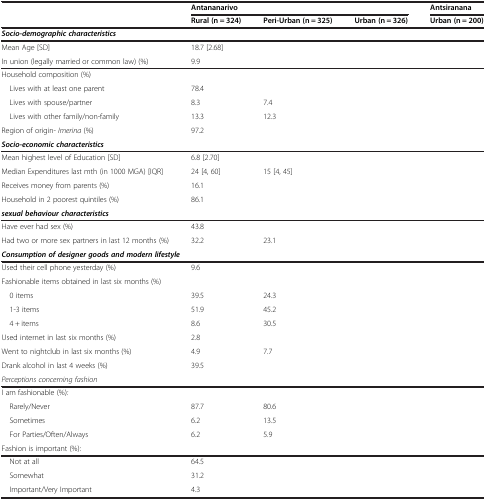
<table><thead><tr><td>[EMPTY_CELL]</td><td colspan="3"><b>Antananarivo</b></td><td><b>Antsiranana</b></td></tr><tr><td>[EMPTY_CELL]</td><td><b>Rural (n = 324)</b></td><td><b>Peri-Urban (n = 325)</b></td><td><b>Urban (n = 326)</b></td><td><b>Urban (n = 200)</b></td></tr></thead><tbody><tr><td colspan="5"><b><i>Socio-demographic characteristics</i></b></td></tr><tr><td>Mean Age [SD]</td><td>18.7 [2.68]</td><td>[EMPTY_CELL]</td><td>[EMPTY_CELL]</td><td>[EMPTY_CELL]</td></tr><tr><td>In union (legally married or common law) (%)</td><td>9.9</td><td>[EMPTY_CELL]</td><td>[EMPTY_CELL]</td><td>[EMPTY_CELL]</td></tr><tr><td>Household composition (%)</td><td>[EMPTY_CELL]</td><td>[EMPTY_CELL]</td><td>[EMPTY_CELL]</td><td>[EMPTY_CELL]</td></tr><tr><td> Lives with at least one parent</td><td>78.4</td><td>[EMPTY_CELL]</td><td>[EMPTY_CELL]</td><td>[EMPTY_CELL]</td></tr><tr><td> Lives with spouse/partner</td><td>8.3</td><td>7.4</td><td>[EMPTY_CELL]</td><td>[EMPTY_CELL]</td></tr><tr><td> Lives with other family/non-family</td><td>13.3</td><td>12.3</td><td>[EMPTY_CELL]</td><td>[EMPTY_CELL]</td></tr><tr><td>Region of origin- <i>Imerina</i> (%)</td><td>97.2</td><td>[EMPTY_CELL]</td><td>[EMPTY_CELL]</td><td>[EMPTY_CELL]</td></tr><tr><td colspan="5"><b><i>Socio-economic characteristics</i></b></td></tr><tr><td>Mean highest level of Education [SD]</td><td>6.8 [2.70]</td><td>[EMPTY_CELL]</td><td>[EMPTY_CELL]</td><td>[EMPTY_CELL]</td></tr><tr><td>Median Expenditures last mth (in 1000 MGA) [IQR]</td><td>24 [4, 60]</td><td>15 [4, 45]</td><td>[EMPTY_CELL]</td><td>[EMPTY_CELL]</td></tr><tr><td>Receives money from parents (%)</td><td>16.1</td><td>[EMPTY_CELL]</td><td>[EMPTY_CELL]</td><td>[EMPTY_CELL]</td></tr><tr><td>Household in 2 poorest quintiles (%)</td><td>86.1</td><td>[EMPTY_CELL]</td><td>[EMPTY_CELL]</td><td>[EMPTY_CELL]</td></tr><tr><td colspan="5"><b><i>sexual behaviour characteristics</i></b></td></tr><tr><td>Have ever had sex (%)</td><td>43.8</td><td>[EMPTY_CELL]</td><td>[EMPTY_CELL]</td><td>[EMPTY_CELL]</td></tr><tr><td>Had two or more sex partners in last 12 months (%)</td><td>32.2</td><td>23.1</td><td>[EMPTY_CELL]</td><td>[EMPTY_CELL]</td></tr><tr><td colspan="5"><b><i>Consumption of designer goods and modern lifestyle</i></b></td></tr><tr><td>Used their cell phone yesterday (%)</td><td>9.6</td><td>[EMPTY_CELL]</td><td>[EMPTY_CELL]</td><td>[EMPTY_CELL]</td></tr><tr><td>Fashionable items obtained in last six months (%)</td><td>[EMPTY_CELL]</td><td>[EMPTY_CELL]</td><td>[EMPTY_CELL]</td><td>[EMPTY_CELL]</td></tr><tr><td> 0 items</td><td>39.5</td><td>24.3</td><td>[EMPTY_CELL]</td><td>[EMPTY_CELL]</td></tr><tr><td> 1-3 items</td><td>51.9</td><td>45.2</td><td>[EMPTY_CELL]</td><td>[EMPTY_CELL]</td></tr><tr><td> 4 + items</td><td>8.6</td><td>30.5</td><td>[EMPTY_CELL]</td><td>[EMPTY_CELL]</td></tr><tr><td>Used internet in last six months (%)</td><td>2.8</td><td>[EMPTY_CELL]</td><td>[EMPTY_CELL]</td><td>[EMPTY_CELL]</td></tr><tr><td>Went to nightclub in last six months (%)</td><td>4.9</td><td>7.7</td><td>[EMPTY_CELL]</td><td>[EMPTY_CELL]</td></tr><tr><td>Drank alcohol in last 4 weeks (%)</td><td>39.5</td><td>[EMPTY_CELL]</td><td>[EMPTY_CELL]</td><td>[EMPTY_CELL]</td></tr><tr><td><i>Perceptions concerning fashion</i></td><td>[EMPTY_CELL]</td><td>[EMPTY_CELL]</td><td>[EMPTY_CELL]</td><td>[EMPTY_CELL]</td></tr><tr><td>I am fashionable (%)<i>:</i></td><td>[EMPTY_CELL]</td><td>[EMPTY_CELL]</td><td>[EMPTY_CELL]</td><td>[EMPTY_CELL]</td></tr><tr><td> Rarely/Never</td><td>87.7</td><td>80.6</td><td>[EMPTY_CELL]</td><td>[EMPTY_CELL]</td></tr><tr><td> Sometimes</td><td>6.2</td><td>13.5</td><td>[EMPTY_CELL]</td><td>[EMPTY_CELL]</td></tr><tr><td> For Parties/Often/Always</td><td>6.2</td><td>5.9</td><td>[EMPTY_CELL]</td><td>[EMPTY_CELL]</td></tr><tr><td>Fashion is important (%):</td><td>[EMPTY_CELL]</td><td>[EMPTY_CELL]</td><td>[EMPTY_CELL]</td><td>[EMPTY_CELL]</td></tr><tr><td> Not at all</td><td>64.5</td><td>[EMPTY_CELL]</td><td>[EMPTY_CELL]</td><td>[EMPTY_CELL]</td></tr><tr><td> Somewhat</td><td>31.2</td><td>[EMPTY_CELL]</td><td>[EMPTY_CELL]</td><td>[EMPTY_CELL]</td></tr><tr><td> Important/Very Important</td><td>4.3</td><td>[EMPTY_CELL]</td><td>[EMPTY_CELL]</td><td>[EMPTY_CELL]</td></tr></tbody></table>